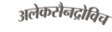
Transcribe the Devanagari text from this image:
अलेकसैनद्रोविच